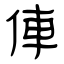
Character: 俥